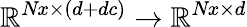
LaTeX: {\mathbb{R}^{\textit{Nx}\times(d+dc)}\to\mathbb{R}^{\textit{Nx}\times d}}